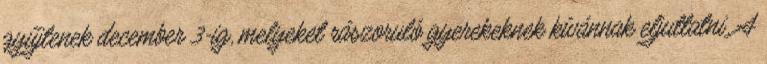
gyűjtenek december 3-ig, melyeket rászoruló gyerekeknek kívánnak eljuttatni. A